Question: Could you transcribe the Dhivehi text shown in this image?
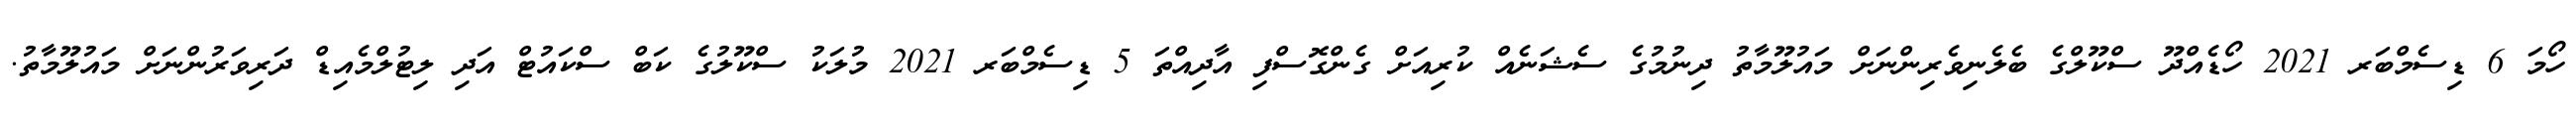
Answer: ހޯމަ 6 ޑިސެމްބަރ 2021 ހޯޑެއްދޫ ސްކޫލްގެ ބެލެނިވެރިންނަށް މައުލޫމާތު ދިނުމުގެ ސެޝަނެއް ކުރިއަށް ގެންގޮސްފި އާދިއްތަ 5 ޑިސެމްބަރ 2021 މުލަކު ސްކޫލުގެ ކަބް ސްކައުޓް އަދި ލިޓުލްމެއިޑް ދަރިވަރުންނަށް މައުލޫމާތު.